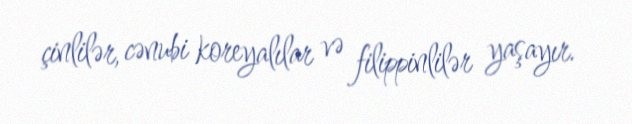
çinlilər, cənubi koreyalılar və filippinlilər yaşayır.